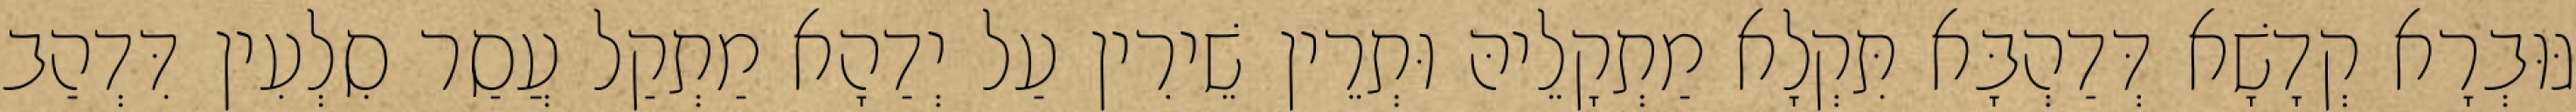
גּוּבְרָא קְדָשָׁא דְּדַהְבָּא תִּקְלָא מַתְקָלֵיהּ וּתְרֵין שֵׁירִין עַל יְדַהָא מַתְקַל עֲסַר סִלְעִין דִּדְהַב